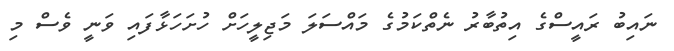
ނައިބު ރައީސްގެ އިތުބާރު ނެތްކަމުގެ މައްސަލަ މަޖިލީހަށް ހުށަހަޅާފައި ވަނީ ވެސް މި